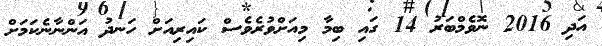
އަދި 2016 ނޮވެމްބަރު 14 ގައި ބިމާ މިއަށްވުރެވެސް ކައިރިއަށް ހަނދު އަންނާނެކަމަށް